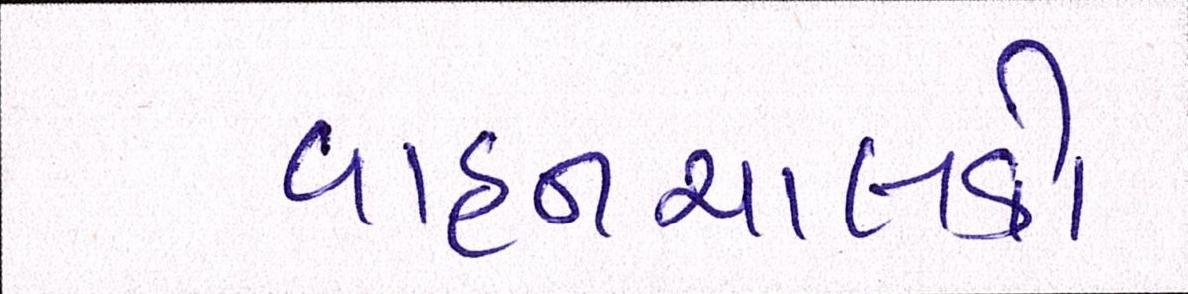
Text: વાહનચાલકો